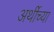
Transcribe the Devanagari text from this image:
अर्थीच्या